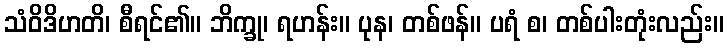
သံဝိဒိဟတိ၊ စီရင်၏။ ဘိက္ခု၊ ရဟန်း။ ပုန၊ တစ်ဖန်။ ပရံ စ၊ တစ်ပါးတုံးလည်း။